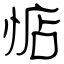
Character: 惦